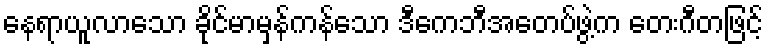
နေရာယူလာသော ခိုင်မာမှန်ကန်သော ဒီကေဘီအေတပ်ဖွဲ့က တေးဂီတဖြင့်